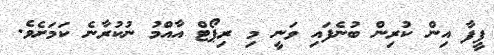
ފީފާ އިން ކުރިން ބުނެފައި ވަނީ މި ރިޕޯޓް އާއްމު ނުކުރާނެ ކަމަށެވެ.